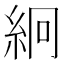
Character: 絅